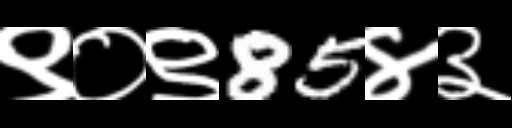
Text: ९०९85४३